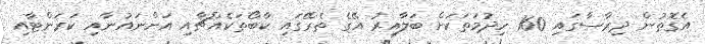
އެގޮތުން ދިރާސާގައި 160 ހިދުމަތަކަށް ބަލާއިރު އޭގެ ތެރޭގައި ކާބޯތަކެއްޗާއި އަންނައުނާއި ކަރަންޓާއި